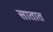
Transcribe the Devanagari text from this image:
सातात